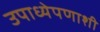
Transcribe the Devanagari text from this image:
उपाध्येपणाशी